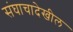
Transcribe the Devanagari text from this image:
संघाचादेखील